Vaccination North-Western Provinces 1866-1877 - 1866-1877
Year: 1866
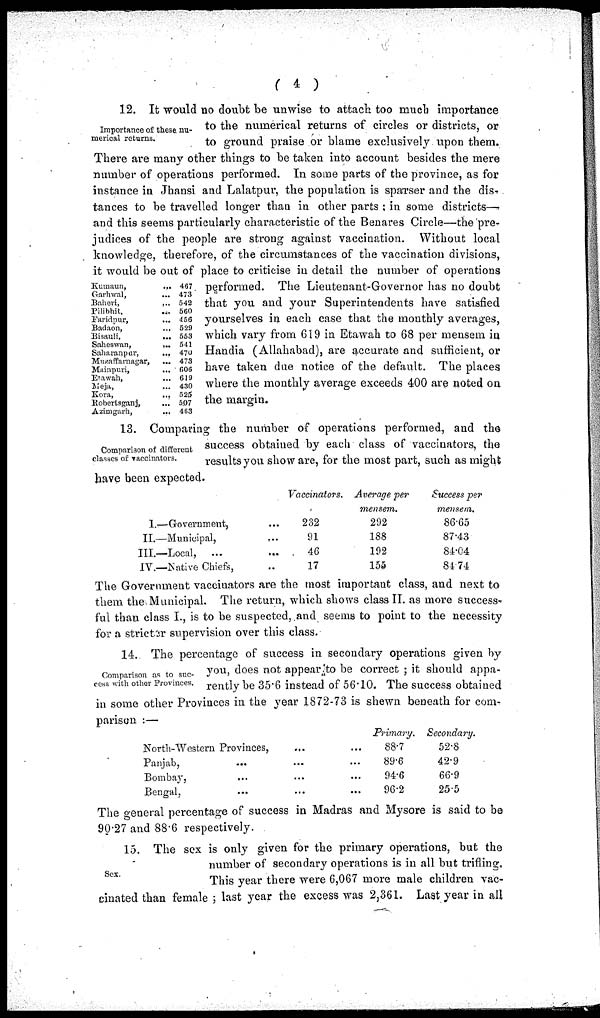
( 4 )
Importance of these nu-
merical returns.
Kumaun, ...
Garhwal, ...
Baheri, ...
Pilibhit, ...
Faridpur, ...
Badaon, ...
Bisauli, ...
Saheswan, ...
Saharanpar, ...
Muzaffarnagar, ...
Mainpuri, ...
Etawah, ...
Meja, ...
Kora, ...
Robertsganj, ...
Azimgarh, ...
467
473
542
560
456
529
553
541
470
473
606
619
430
525
507
463
12. It would no doubt be unwise to attach too much importance
to the numerical returns of circles or districts, or
to ground praise or blame exclusively upon them.
There are many other things to be taken into account besides the mere
number of operations performed. In some parts of the province, as for
instance in Jhansi and Lalatpur, the population is sparser and the dis-
tances to be travelled longer than in other parts; in some districts—
and this seems particularly characteristic of the Benares Circle—the pre-
judices of the people are strong against vaccination. Without local
knowledge, therefore, of the circumstances of the vaccination divisions,
it would be out of place to criticise in detail the number of operations
performed. The Lieutenant-Governor has no doubt
that you and your Superintendents have satisfied
yourselves in each case that the monthly averages,
which vary from 619 in Etawah to 68 per mensem in
Handia (Allahabad), are accurate and sufficient, or
have taken due notice of the default. The places
where the monthly average exceeds 400 are noted on
the margin.
Comparison of different
classes of vaccinators.
13. Comparing the number of operations performed, and the
success obtained by each class of vaccinators, the
results you show are, for the most part, such as might
have been expected.
I—Government, ...
II.—Municipal, ...
III.—Local, ...
IV.—Native Chiefs, ...
Vaccinators.
232
91
46
17
Average per
mensem.
292
188
192
155
Success per
mensem.
86.65
87.43
84.04
84.74
The Government vaccinators are the most important class, and next to
them the Municipal. The return, which shows class II. as more success-
ful than class I, is to be suspected, and seems to point to the necessity
for a stricter supervision over this class.
Comparison as to suc-
cess with other Provinces,
14. The percentage of success in secondary operations given by
you, does not appear to be correct ; it should appa-
rently be 35.6 instead of 56.10. The success obtained
in some other Provinces in the year 1872-73 is shewn beneath for com-
parison :—
North-Western Provinces,
... ...
Panjab, ... ... ...
Bombay, ... ... ...
Bengal,
...
...
...
Primary.
88.7
89.6
94.6
96.2
Secondary.
52.8
42.9
66.9
25.5
The general percentage of success in Madras and Mysore is said to be
90.27 and 88.6 respectively.
Sex.
15. The sex is only given for the primary operations, but the
number of secondary operations is in all but trifling.
This year there were 6,067 more male children vac-
cinated than female ; last year the excess was 2,361. Last year in all